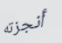
أنجزته